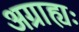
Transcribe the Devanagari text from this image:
अग्राह्यः